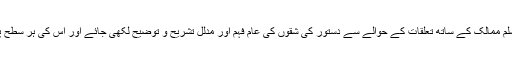
دیگر مسلم و غیر مسلم ممالک کے ساتھ تعلقات کے حوالے سے دستور کی شقوں کی عام فہم اور مدلل تشریح و توضیح لکھی جائے اور اس کی ہر سطح پر تشہیر کی جائے ۔